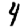
Digit: 4